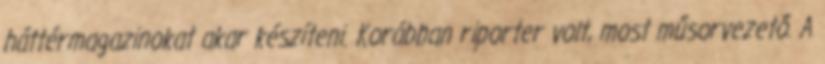
háttérmagazinokat akar készíteni. Korábban riporter volt, most műsorvezető. A